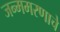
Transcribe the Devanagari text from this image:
जन्ममरणाचे